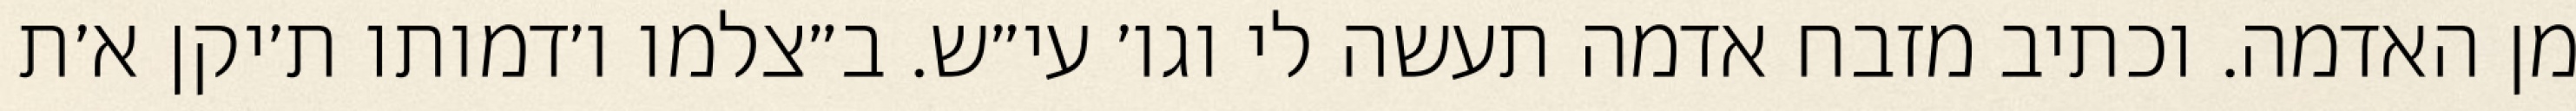
מן האדמה. וכתיב מזבח אדמה תעשה לי וגו׳ עי״ש. ב״צלמו ו׳דמותו ת׳יקן א׳ת